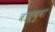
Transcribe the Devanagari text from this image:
बाळूबुवा